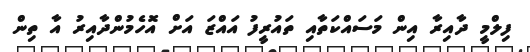
ފިލްމީ ދާއިރާ އިން މަސައްކަތާއި ތައުރީފު އައްޒަ އަށް އޮހެމުންދާއިރު އާ ތިން